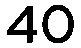
40